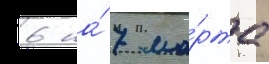
6 на́ 7 ма́рта